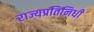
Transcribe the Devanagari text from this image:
राज्यप्रतिनिधी